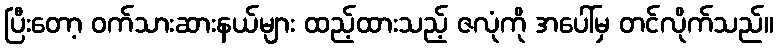
ပြီးတော့ ဝက်သားဆားနယ်များ ထည့်ထားသည့် ဇလုံကို အပေါ်မှ တင်လိုက်သည်။